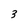
Character: 3